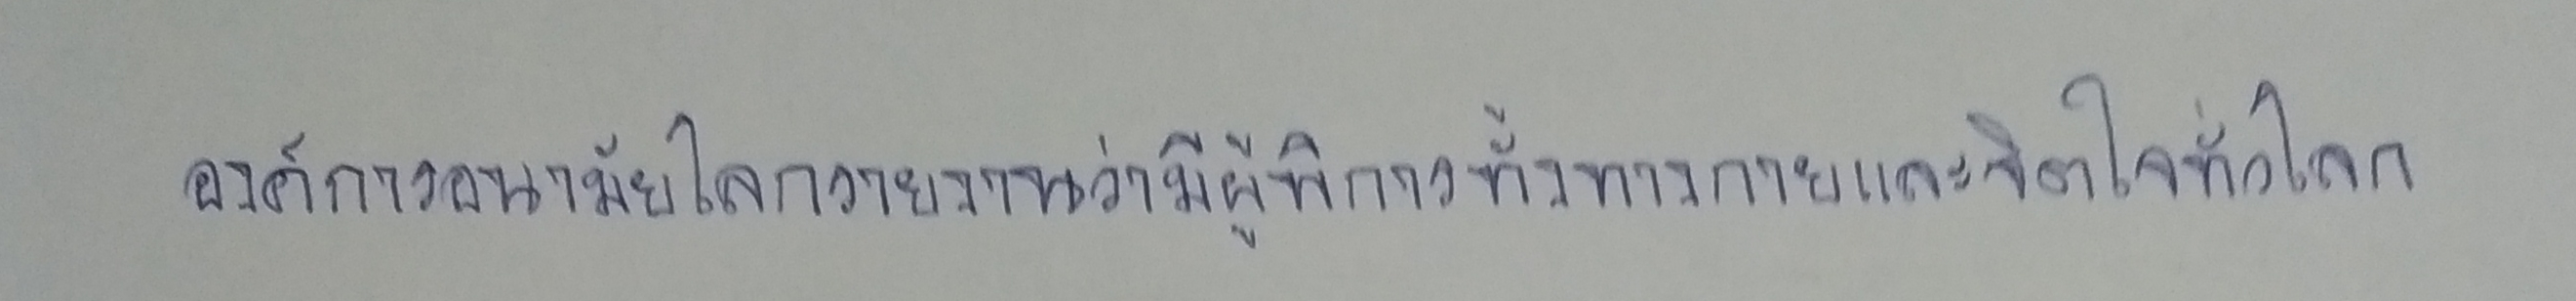
องค์การอนามัยโลกรายงานว่ามีผู้พิการทั้งทางกายและจิตใจทั่วโลก